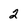
Character: 2